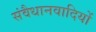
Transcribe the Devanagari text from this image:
संवैधानवादियों